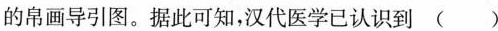
的帛画导引图。据此可知，汉代医学已认识到()